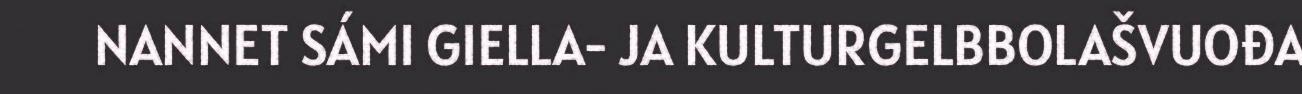
NANNET SÁMI GIELLA- JA KULTURGELBBOLAŠVUOĐA